Scottish Leaving Certificate Examination, 1954
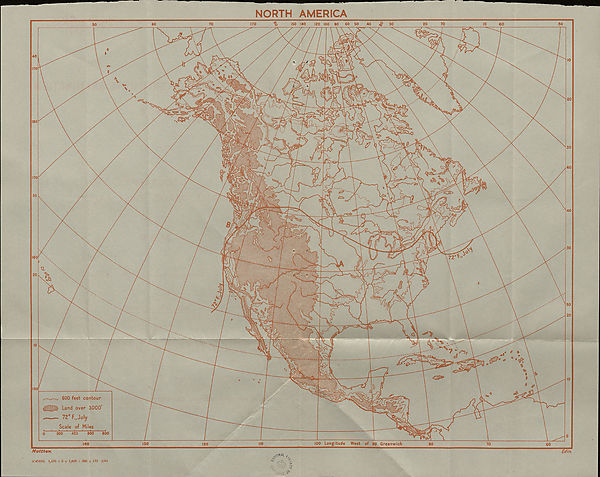
NORTH AMERICA
ISO 140
120 100 80 60 SO
40
<£> 30
170
20
70
50
60
70
60
50
%
■d
40
r.r'T^C
170
* ,»
• ■
1 84
^p> 0 >f //AX' {(^IrtSF^tr—\
'^VC r> \>^W ' V;
U\^s' \r
A r ’\ \ c* 1 '' v '* ' •■-~v
4
y'b/fl)
20
4^ VP.
■ \ \ i
£•, : •: •>; Vv.:--A
VC:<:;w
guV-;A ' ifeWv tf , A<gaJi:?>:-.ft
rsM $&;!&! /(**
y»'^s
• &/kV«0^.
» V iSa^-W
.. '. ' •■
*J V'>
;cs
180
«fo'“'te'A&JSBafe •••.' >, ,'r, / -'
/
( ,7i /
/ V fsnsaet r A’t : jS t ■■_ ! IV ; VI Vl.
iT v-'J?
-V^
I?-
►fcf OS*
,’(1 /
W T’ , [ ,7,' /
a
ic.
4a i?
v>^v:7
fesi
V-- J .
30
s/fN
;S4;7
S
2%/t (jJ 4
40
SJtS) -'2jr<k^
r
jy
l_y
>:■
170
.
'1/ .
<0m
CM
i -
I ^' v ///?(uW: : .V.vav ; :v
H^fe« m:
Ca
30
CSi
Q'ckK^j
fijk
'~'-v_-
40
<?:
- _ :
SiP e -w
[O',-:
JmCl
a
'<v'
=£7 ,'
Jr fyl/ */7
J tv : . : ::->*>3*5
f f? r "/
&,/®xs5j/L
«^3
""S //
9.
W
%
30
72°^
0
160
fs?/71
: -4
,-'w
%
P
20
*,2j
'mdMir #
'^1#
---
/
& .
# nr
J»»v*j
l\. T <^^.
<c
■P
’’i/A.iS?
-O
/V
;AI« i-’
50
^
|]V
ftiKvl
IM
N
20
. ' v>l> t
a X*
_ ,s
f.
j
Q
Wt~r?:.U V
:^7 -
m
vr
4 *
v*7i
t .■ -
> =-
\'v J d:'•'.*.;•«%•:•:••!•
a”. 1 . 'tc*:
I?
*
P-
: • ;'?>
■A. ;&
ssM’s
<35»
?-v
150
■=&
600 feet contour
Land over 3000"
!©•?
idd/pd' 1 -
-A.v >?'}■'
72 F.,July
Scale of Miles
o
800
400
600
200
100 Longitude West of 90 Greenwich
140
130
no
80
70
120
60
Matthew,
Edin.
<WAI
(C45374) 1,470 + 2 + 1,025 + 200 + 172 2/54